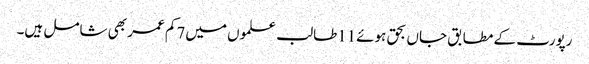
رپورٹ کے مطابق جاں بحق ہوئے11طالب علموں میں7کم عمر بھی شامل ہیں۔